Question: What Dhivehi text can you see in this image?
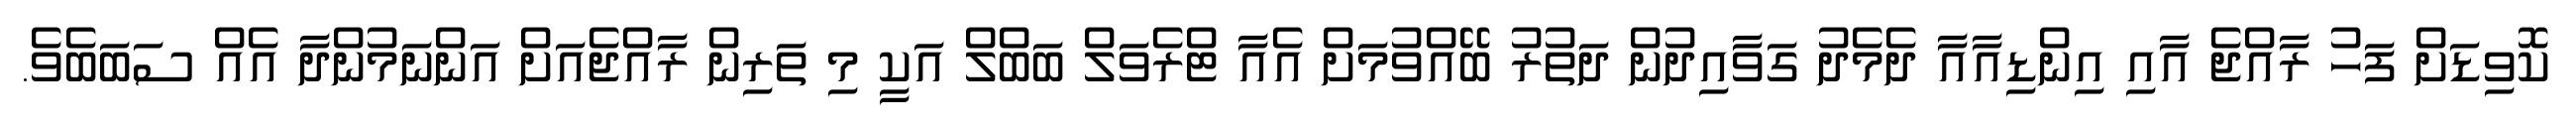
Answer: ކޮވިޑަށް ފަހު ރާއްޖެ އާއި އިންޑިއާއާ ދެމެދު ގަވާއިދުން ދަތުރު ބޭއްވުމަށް އެއާ ޓްރެވަލް ބަބްލް އަކީ މި ތަރިން ރާއްޖެއަށް އަންނަމުންދާ އެއް ސަބަބެވެ.